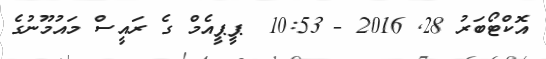
އޮކްޓޯބަރު 28